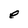
Character: e